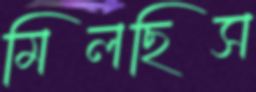
মিলছিস